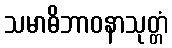
သမာဓိဘာဝနာသုတ္တံ